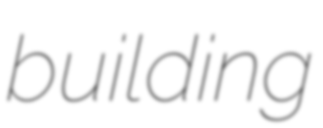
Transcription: building